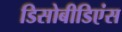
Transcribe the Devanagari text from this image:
डिसोबीडिएंस